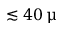
\lesssim 4 0 \, \upmu